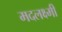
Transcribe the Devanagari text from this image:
मदलक्ष्मी